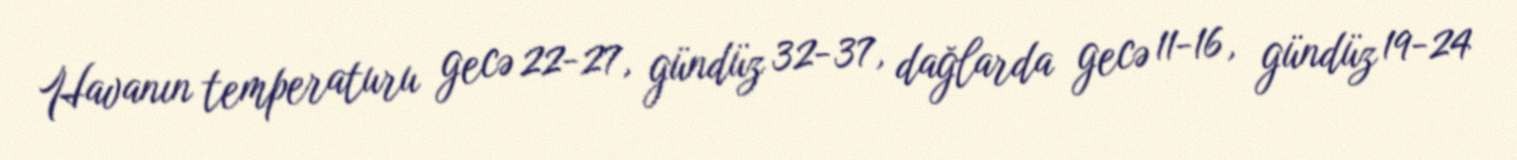
Havanın temperaturu gecə 22-27, gündüz 32-37, dağlarda gecə 11-16, gündüz 19-24